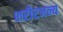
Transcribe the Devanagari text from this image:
शरीरजन्य